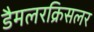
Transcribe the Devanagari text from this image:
डैमलरक्रिसलर